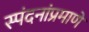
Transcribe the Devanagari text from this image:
स्पंदनांप्रमाणे